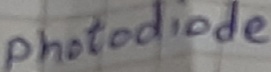
Text: Photodiode